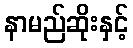
နာမည်ဆိုးနှင့်